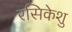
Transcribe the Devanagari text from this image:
रसिकेशु